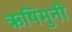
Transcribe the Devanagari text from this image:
ऋषिंमुनी